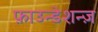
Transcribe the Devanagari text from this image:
फ़ाउन्डेशन्ज़